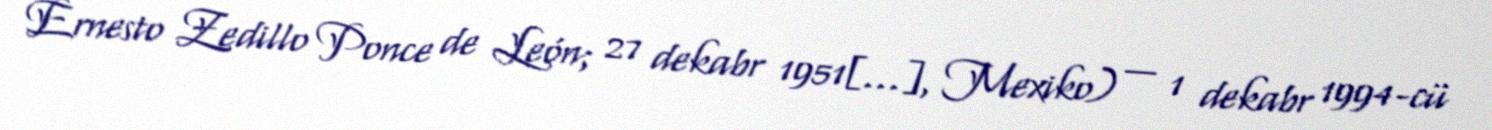
Ernesto Zedillo Ponce de León; 27 dekabr 1951[…], Mexiko) — 1 dekabr 1994-cü